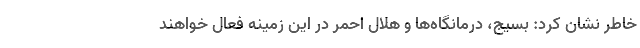
خاطر نشان کرد: بسیج، درمانگاه‌ها و هلال احمر در این زمینه فعال خواهند